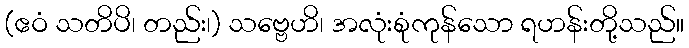
(ဧဝံ သတိပိ၊ တည်း၊) သဗ္ဗေဟိ၊ အလုံးစုံကုန်သော ရဟန်းတို့သည်။